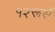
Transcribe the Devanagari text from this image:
१२रूसें